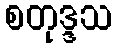
စတုဒ္ဒသ